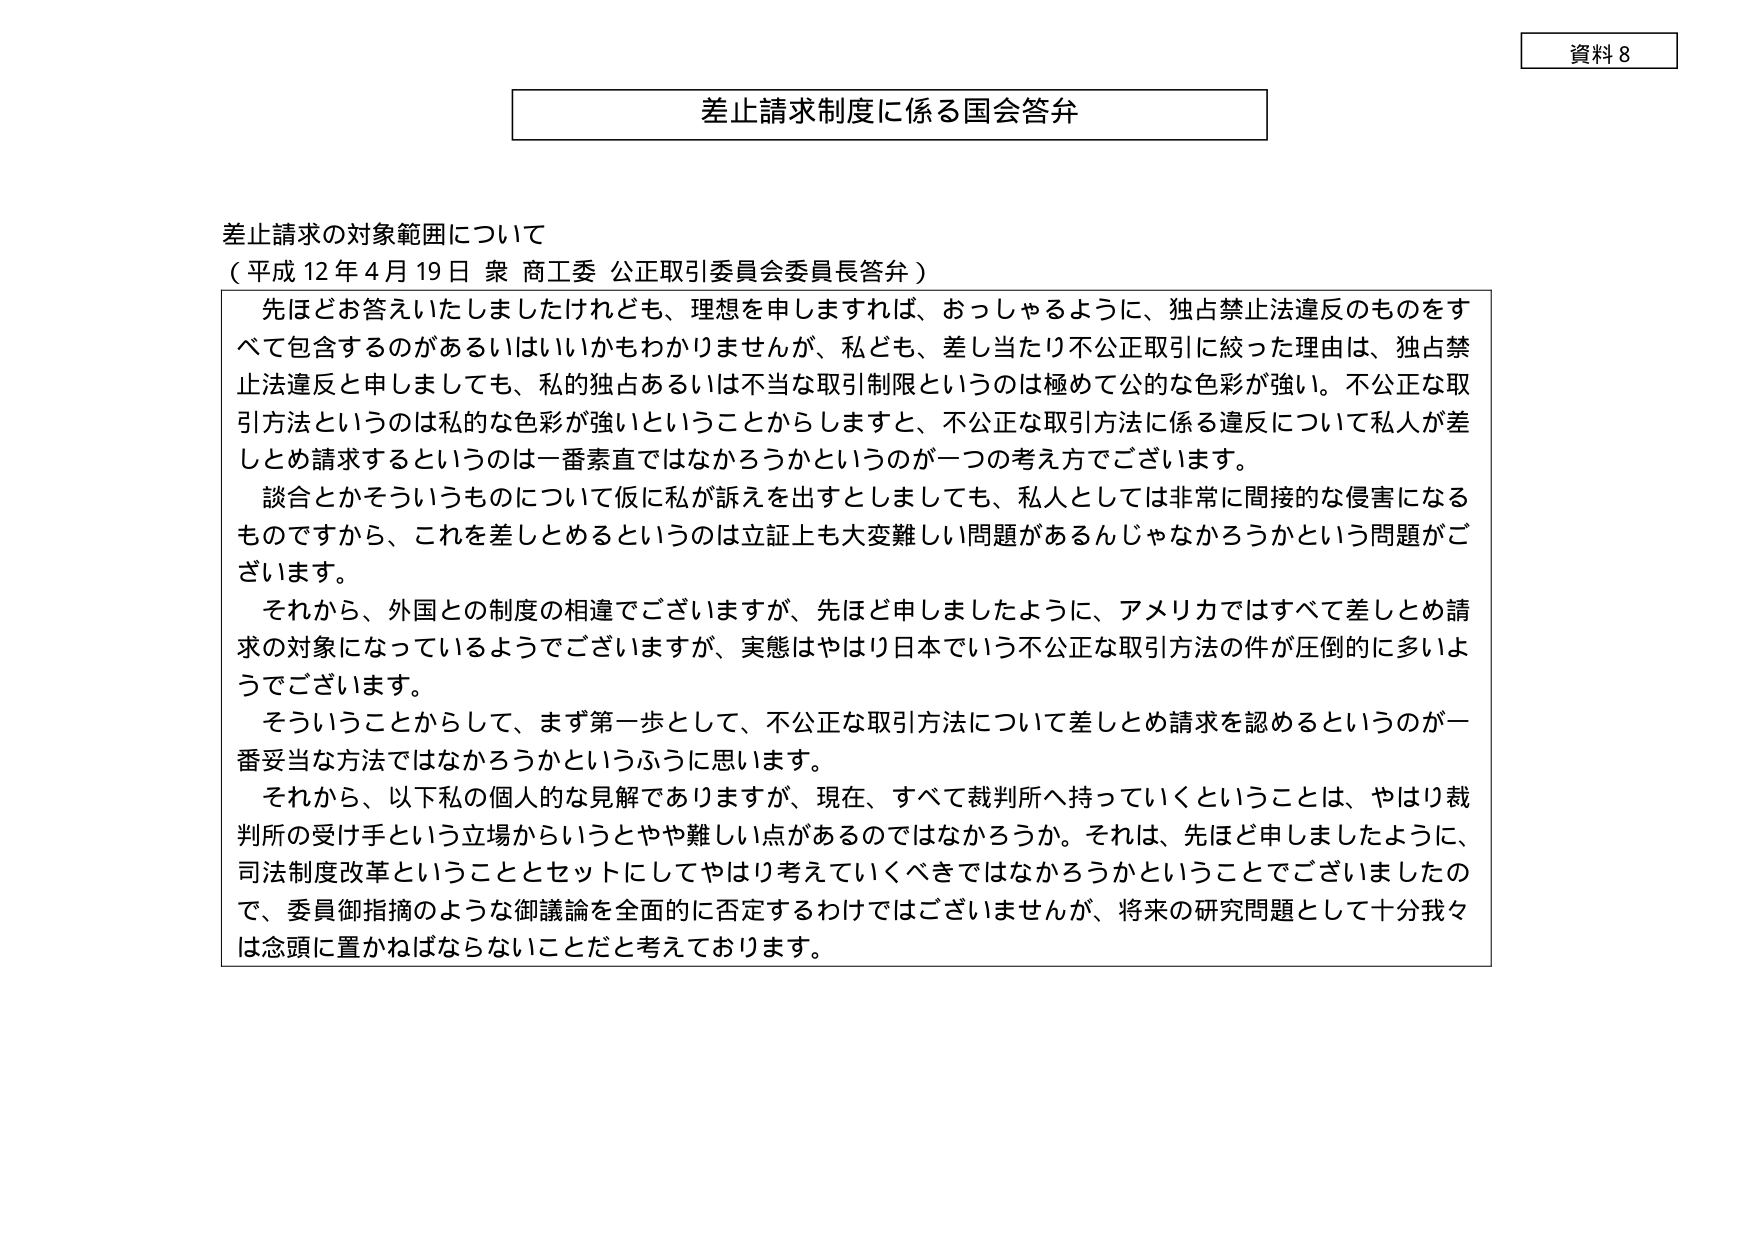
資料８

差止請求制度に係る国会答弁

差止請求の対象範囲について
（平成12年4月19日 衆 商工委 公正取引委員会委員長答弁）

先ほどお答えいたしましたけれども、理想を申しますれば、おっしゃるように、独占禁止法違反のものをすべて包含するのがあるいはいいかもわかりませんが、私ども、差し当たり不公正取引に絞った理由は、独占禁止法違反と申しましても、私的独占あるいは不当な取引制限というのは極めて公的な色彩が強い。不公正な取引方法というのは私的な色彩が強いということからしますと、不公正な取引方法に係る違反について私人が差しとめ請求するというのは一番素直ではなかろうかというのが一つの考え方でございます。

談合とかそういうものについて仮に私が訴えを出すとしましても、私人としては非常に間接的な侵害になるものですから、これを差しとめるというのは立証上も大変難しい問題があるんじゃなかろうかという問題がございます。

それから、外国との制度の相違でございますが、先ほど申しましたように、アメリカではすべて差しとめ請求の対象になっているようでございますが、実態はやはり日本でいう不公正な取引方法の件が圧倒的に多いようでございます。

そういうことからして、まず第一歩として、不公正な取引方法について差しとめ請求を認めるというのが一番妥当な方法ではなかろうかというふうに思います。

それから、以下私の個人的な見解でありますが、現在、すべて裁判所へ持っていくということは、やはり裁判所の受け手という立場からいうとやや難しい点があるのではなかろうか。それは、先ほど申しましたように、司法制度改革ということとセットにしてやはり考えていくべきではなかろうかということでございましたので、委員御指摘のような御議論を全面的に否定するわけではございませんが、将来の研究問題として十分我々は念頭に置かねばならないことだと考えております。